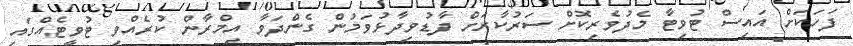
ފަހަކަށް އައިސް ޓުވިޓާ މެދުވެރިކޮށް ސަރުކާރަށް ފާޑުވިދާޅުވަމުން ގެންދަވާ އިމްރާން ކުރެއްވި ޓުވީޓެއްގައި